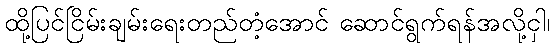
ထို့ပြင်ငြိမ်းချမ်းရေးတည်တံ့အောင် ဆောင်ရွက်ရန်အလို့ငှါ၊